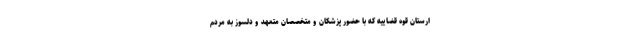
ارستان قوه قضاییه که با حضور پزشکان و متخصصان متعهد و دلسوز به مردم